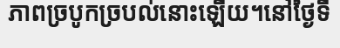
ភាពច្របូកច្របល់នោះឡើយ។នៅថ្ងៃទី